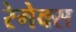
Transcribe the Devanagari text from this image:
रेगेक्स